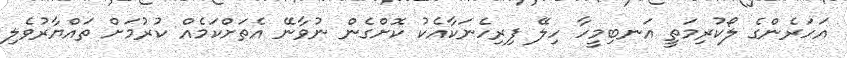
އަހަރެންގެ ލޯކުރިމަތީ އަނބިމީހާ ހިލޭ ފިރިހެނަކާއެކު ކޮށްގެން ނުވާނޭ އެތަށްކަމެއް ކުރުމަށް ތައްޔާރުވެލި